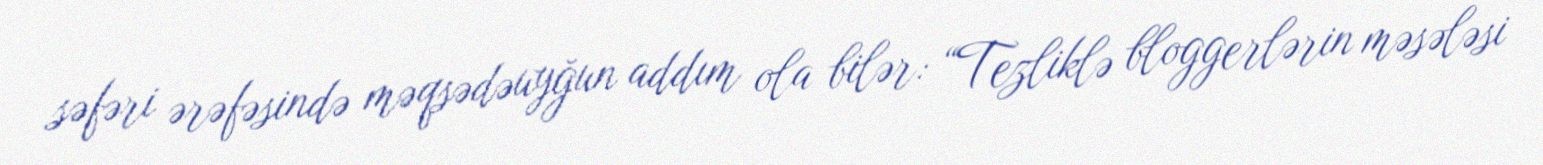
səfəri ərəfəsində məqsədəuyğun addım ola bilər: “Tezliklə bloggerlərin məsələsi